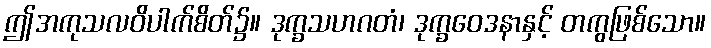
ဤအကုသလဝိပါက်စိတ်၌။ ဒုက္ခသဟဂတံ၊ ဒုက္ခဝေဒနာနှင့် တကွဖြစ်သော။